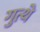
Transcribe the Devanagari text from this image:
गुत्थे